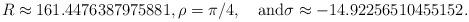
LaTeX: \begin{align*} R\approx 161.4476387975881, \rho=\pi/4, \quad\mbox{and} \sigma \approx -14.92256510455152. \end{align*}